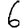
Digit: 6